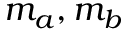
m _ { a } , m _ { b }